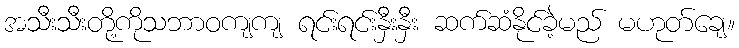
အသီးသီးတို့ကိုသဘာဝကျကျ ရင်းရင်းနှီးနှီး ဆက်ဆံနိုင်ခဲ့မည် မဟုတ်ချေ။